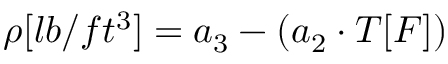
\rho [ l b / f t ^ { 3 } ] = a _ { 3 } - ( a _ { 2 } \cdot T [ F ] )